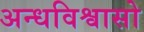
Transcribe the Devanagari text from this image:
अन्धविश्वासो